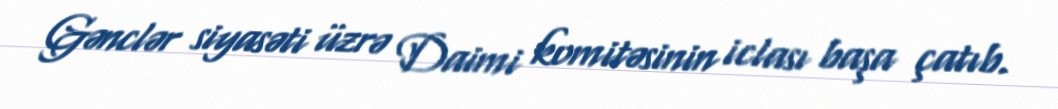
Gənclər siyasəti üzrə Daimi komitəsinin iclası başa çatıb.